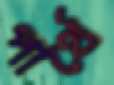
পার্থে